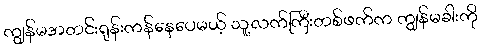
ကျွန်မအတင်းရုန်းကန်နေပေမယ့် သူ့လက်ကြီးတစ်ဖက်က ကျွန်မခါးကို